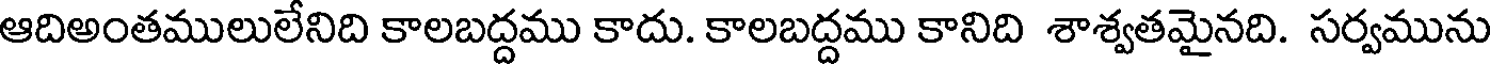
ఆదిఅంతములులేనిది కాలబద్దము కాదు. కాలబద్దము కానిది శాశ్వతమైనది. సర్వమును